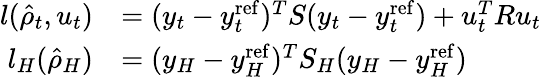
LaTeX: \begin{array}{rl}{l(\hat{\rho}_{t},u_{t})}&{=(y_{t}-y_{t}^{\mathrm{ref}})^{T}S(y_{t}-y_{t}^{\mathrm{ref}})+u_{t}^{T}Ru_{t}}\\ {l_{H}(\hat{\rho}_{H})}&{=(y_{H}-y_{H}^{\mathrm{ref}})^{T}S_{H}(y_{H}-y_{H}^{\mathrm{ref}})}\end{array}